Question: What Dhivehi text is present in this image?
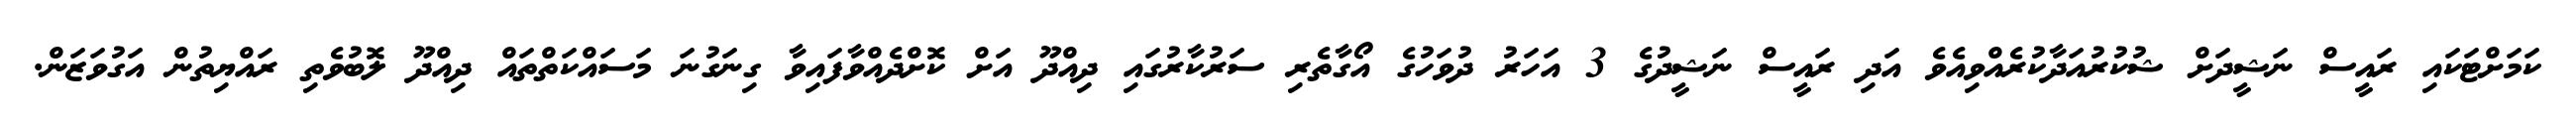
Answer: ކަމަށްޓަކައި ރައީސް ނަޝީދަށް ޝުކުރުއަދާކުރެއްވިއެވެ އަދި ރައީސް ނަޝީދުގެ 3 އަހަރު ދުވަހުގެ އޯގާތެރި ސަރުކާރުގައި ދިއްދޫ އަށް ކޮށްދެއްވާފައިވާ ގިނަގުނަ މަސައްކަތްތައް ދިއްދޫ ލޮބުވެތި ރައްޔިތުން އަގުވަޒަން.